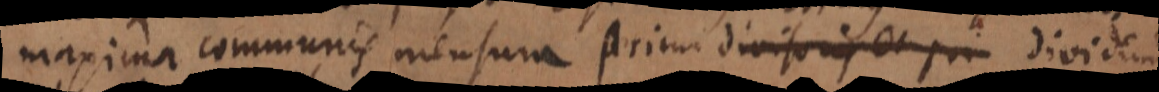
maxima communis mensura ultimi divisoris et ultimi dividendi